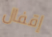
إقفال